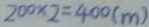
2 0 0 \times 2 = 4 0 0 ( m )